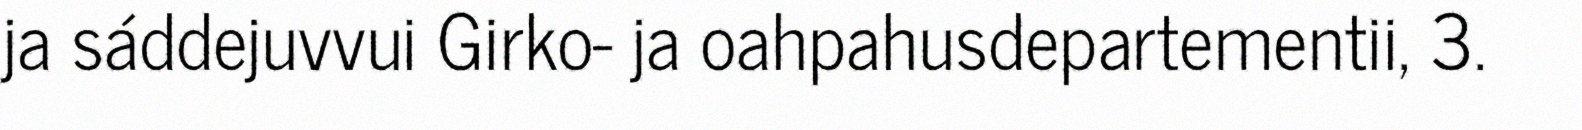
ja sáddejuvvui Girko- ja oahpahusdepartementii, 3.